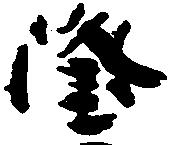
隆